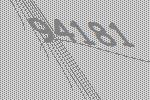
94181